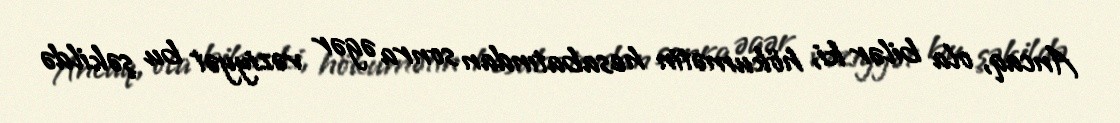
Ancaq, ola bilər ki, hökumətin hesabatından sonra əgər vəziyyət bu şəkildə